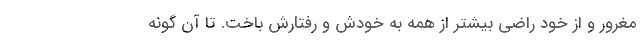
مغرور و از خود راضی بیشتر از همه به خودش و رفتارش باخت. تا آن گونه